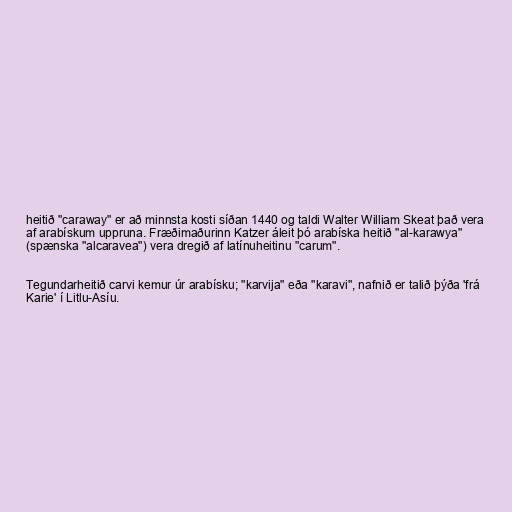
heitið "caraway" er að minnsta kosti síðan 1440 og taldi Walter William Skeat það vera
af arabískum uppruna. Fræðimaðurinn Katzer áleit þó arabíska heitið "al-karawya"
(spænska "alcaravea") vera dregið af latínuheitinu "carum".

Tegundarheitið carvi kemur úr arabísku; "karvija" eða "karavi", nafnið er talið þýða 'frá
Karie' í Litlu-Asíu.